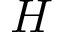
H